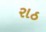
રાઠ